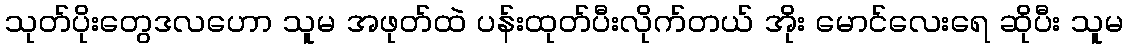
သုတ်ပိုးတွေဒလဟော သူမ အဖုတ်ထဲ ပန်းထုတ်ပီးလိုက်တယ် အိုး မောင်လေးရေ ဆိုပီး သူမ